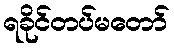
ရခိုင်တပ်မတော်